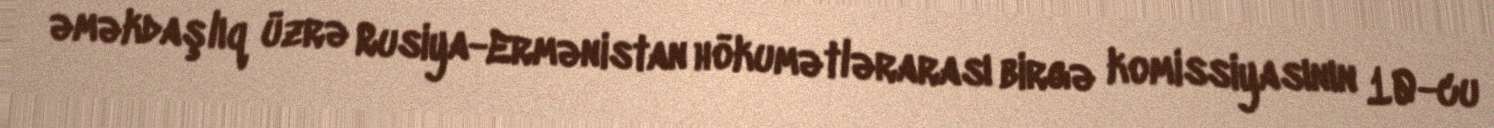
əməkdaşlıq üzrə Rusiya-Ermənistan hökumətlərarası birgə komissiyasının 10-cu